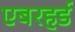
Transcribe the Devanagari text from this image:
एबरहर्ड